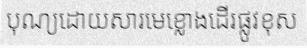
បុណ្យដោយសារមេខ្លោងដើរផ្លូវខុស